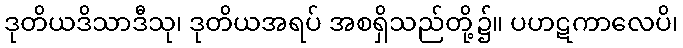
ဒုတိယဒိသာဒီသု၊ ဒုတိယအရပ် အစရှိသည်တို့၌။ ပဟဋကာလေပိ၊